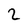
Character: 2